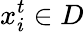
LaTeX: x_{i}^{t}\in D